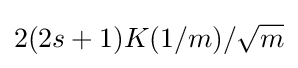
2(2s+1)K(1/m)/{\sqrt {m}}